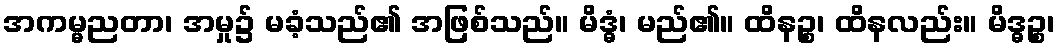
အကမ္မညတာ၊ အမှု၌ မခံ့သည်၏ အဖြစ်သည်။ မိဒ္ဓံ၊ မည်၏။ ထိနဉ္စ၊ ထိနလည်း။ မိဒ္ဓဉ္စ၊